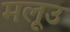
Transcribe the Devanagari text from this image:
मलूउ